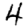
Digit: 4